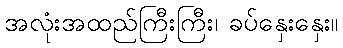
အလုံးအထည်ကြီးကြီး၊ ခပ်နှေးနှေး။